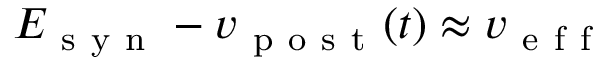
E _ { \mathrm { ~ s ~ y ~ n ~ } } - v _ { \mathrm { ~ p ~ o ~ s ~ t ~ } } ( t ) \approx v _ { \mathrm { ~ e ~ f ~ f ~ } }